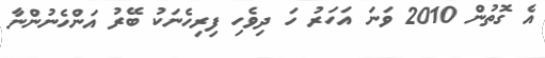
އެ ގޮތުން 2010 ވަނަ އަހަރު ހަ ދިވެހި ފިރިހެނަކު ބޭރު އަންހެނުންނާ